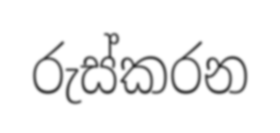
රුස්කරන